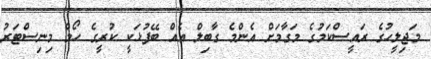
މަޖިލީހުގެ ރައީސްކަމުގެ މަގާމަށް އެންމެ ގާބިލް އެއް ބޭފުޅަކީ ކުރީގެ ހޯމް މިނިސްޓަރު